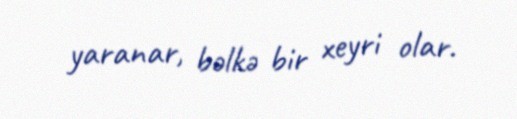
yaranar, bəlkə bir xeyri olar.